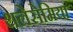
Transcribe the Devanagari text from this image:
थलेसेमिया